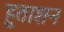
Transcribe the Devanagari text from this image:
हुताशन